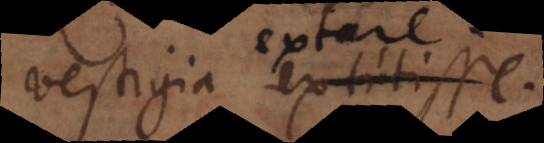
vestigia extitisse.